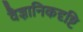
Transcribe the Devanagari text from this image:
वैज्ञानिकदृष्टि